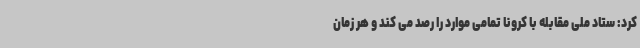
کرد: ستاد ملی مقابله با کرونا تمامی موارد را رصد می کند و هر زمان